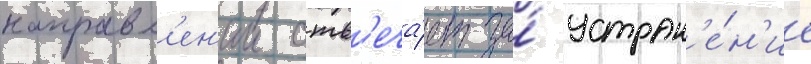
направл'ен'ии отв'еча́ет за́ устран'е́н'ие